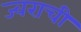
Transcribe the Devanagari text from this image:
ज्वराची